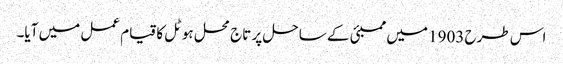
اس طرح 1903 میں ممبئی کے ساحل پر تاج محل ہوٹل کا قیام عمل میں آیا۔